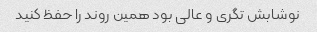
نوشابش تگری و عالی بود همین روند را حفظ کنید